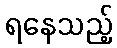
ရနေသည့်